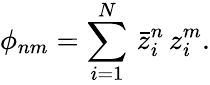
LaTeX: \phi_{nm}=\sum_{i=1}^{N}\, \bar{z}_{i}^{n}\, z_{i}^{m}.